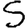
Digit: 5